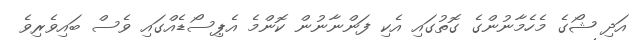
އަދި ޝޯގެ މެހެމާނުންގެ ގޮތުގައި އެކި ފަންނާނުން ކޮންމެ އެޕިސޯޑެއްގައި ވެސް ބައިވެރިވެ